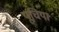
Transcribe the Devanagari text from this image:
पूचिया